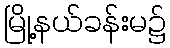
မြို့နယ်ခန်းမ၌